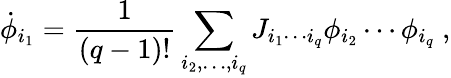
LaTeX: \dot{\phi}_{i_{1}}=\frac{1}{(q-1)!}\sum_{i_{2},\ldots,i_{q}}J_{i_{1}\cdots i_{q}}\phi_{i_{2}}\cdots\phi_{i_{q}}~,